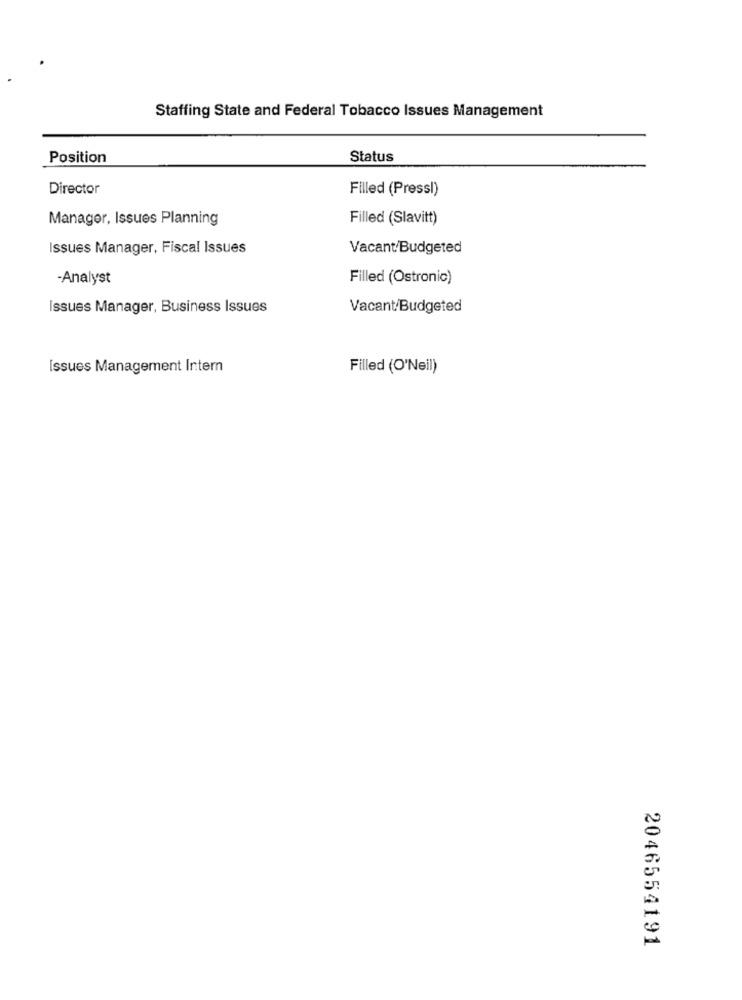
Staffing State and Federal Tobacco Issues Management
Position
Status
Director
Filled (Pressl)
Manager, Issues Planning
Filled (Slavitt)
Issues Manager, Fiscal Issues
Vacant/Budgeted
-Analyst
Filled (Ostronic)
Issues Manager, Business Issues
Vacant/Budgeted
Issues Management Intern
Filled (O'Neil)
2046554191